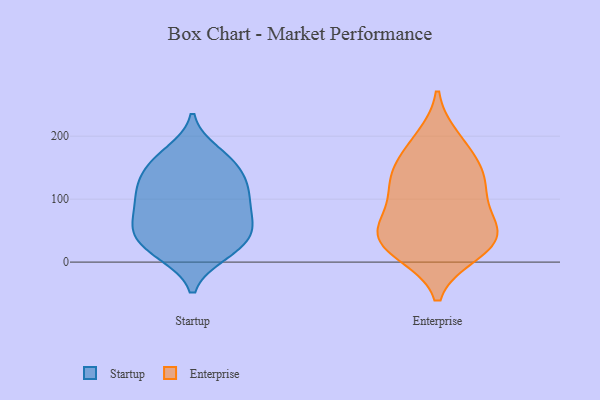
{"axis": {"x": "Net Income (USD K)", "y": "Value"}, "legend": ["Enterprise", "Startup"], "data": [{"x": "", "y": 156, "type": "Startup"}, {"x": "", "y": 53, "type": "Startup"}, {"x": "", "y": 151, "type": "Startup"}, {"x": "", "y": 115, "type": "Startup"}, {"x": "", "y": 62, "type": "Startup"}, {"x": "", "y": 161, "type": "Startup"}, {"x": "", "y": 34, "type": "Startup"}, {"x": "", "y": 14, "type": "Startup"}, {"x": "", "y": 21, "type": "Startup"}, {"x": "", "y": 17, "type": "Startup"}, {"x": "", "y": 55, "type": "Startup"}, {"x": "", "y": 118, "type": "Startup"}, {"x": "", "y": 101, "type": "Startup"}, {"x": "", "y": 55, "type": "Startup"}, {"x": "", "y": 81, "type": "Startup"}, {"x": "", "y": 173, "type": "Startup"}, {"x": "", "y": 124, "type": "Startup"}, {"x": "", "y": 100, "type": "Startup"}, {"x": "", "y": 124, "type": "Enterprise"}, {"x": "", "y": 27, "type": "Enterprise"}, {"x": "", "y": 39, "type": "Enterprise"}, {"x": "", "y": 56, "type": "Enterprise"}, {"x": "", "y": 60, "type": "Enterprise"}, {"x": "", "y": 46, "type": "Enterprise"}, {"x": "", "y": 181, "type": "Enterprise"}, {"x": "", "y": 92, "type": "Enterprise"}, {"x": "", "y": 21, "type": "Enterprise"}, {"x": "", "y": 195, "type": "Enterprise"}, {"x": "", "y": 121, "type": "Enterprise"}, {"x": "", "y": 15, "type": "Enterprise"}, {"x": "", "y": 143, "type": "Enterprise"}, {"x": "", "y": 142, "type": "Enterprise"}]}